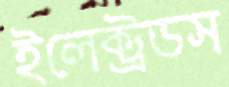
ইলেক্ট্রডস